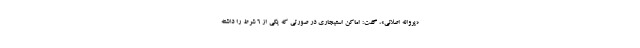
«پروانه اصلانی»، گفت: اماکن استیجاری در صورتی که یکی از ۶ شرط را داشته